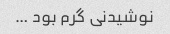
نوشیدنی گرم بود …